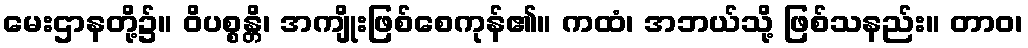
မေးဌာနတို့၌။ ဝိပစ္စန္တိ၊ အကျိုးဖြစ်စေကုန်၏။ ကထံ၊ အဘယ်သို့ ဖြစ်သနည်း။ တာဝ၊